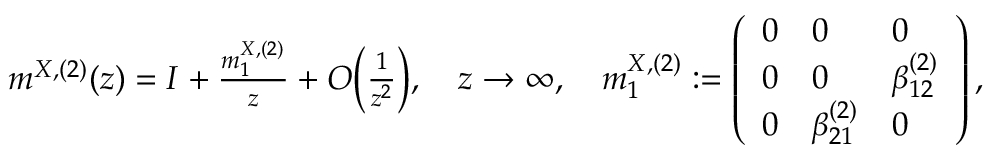
\begin{array} { r } { m ^ { X , ( 2 ) } ( z ) = I + \frac { m _ { 1 } ^ { X , ( 2 ) } } { z } + O \biggl ( \frac { 1 } { z ^ { 2 } } \biggr ) , \quad z \to \infty , \quad m _ { 1 } ^ { X , ( 2 ) } : = \left( \begin{array} { l l l } { 0 } & { 0 } & { 0 } \\ { 0 } & { 0 } & { \beta _ { 1 2 } ^ { ( 2 ) } } \\ { 0 } & { \beta _ { 2 1 } ^ { ( 2 ) } } & { 0 } \end{array} \right) , } \end{array}